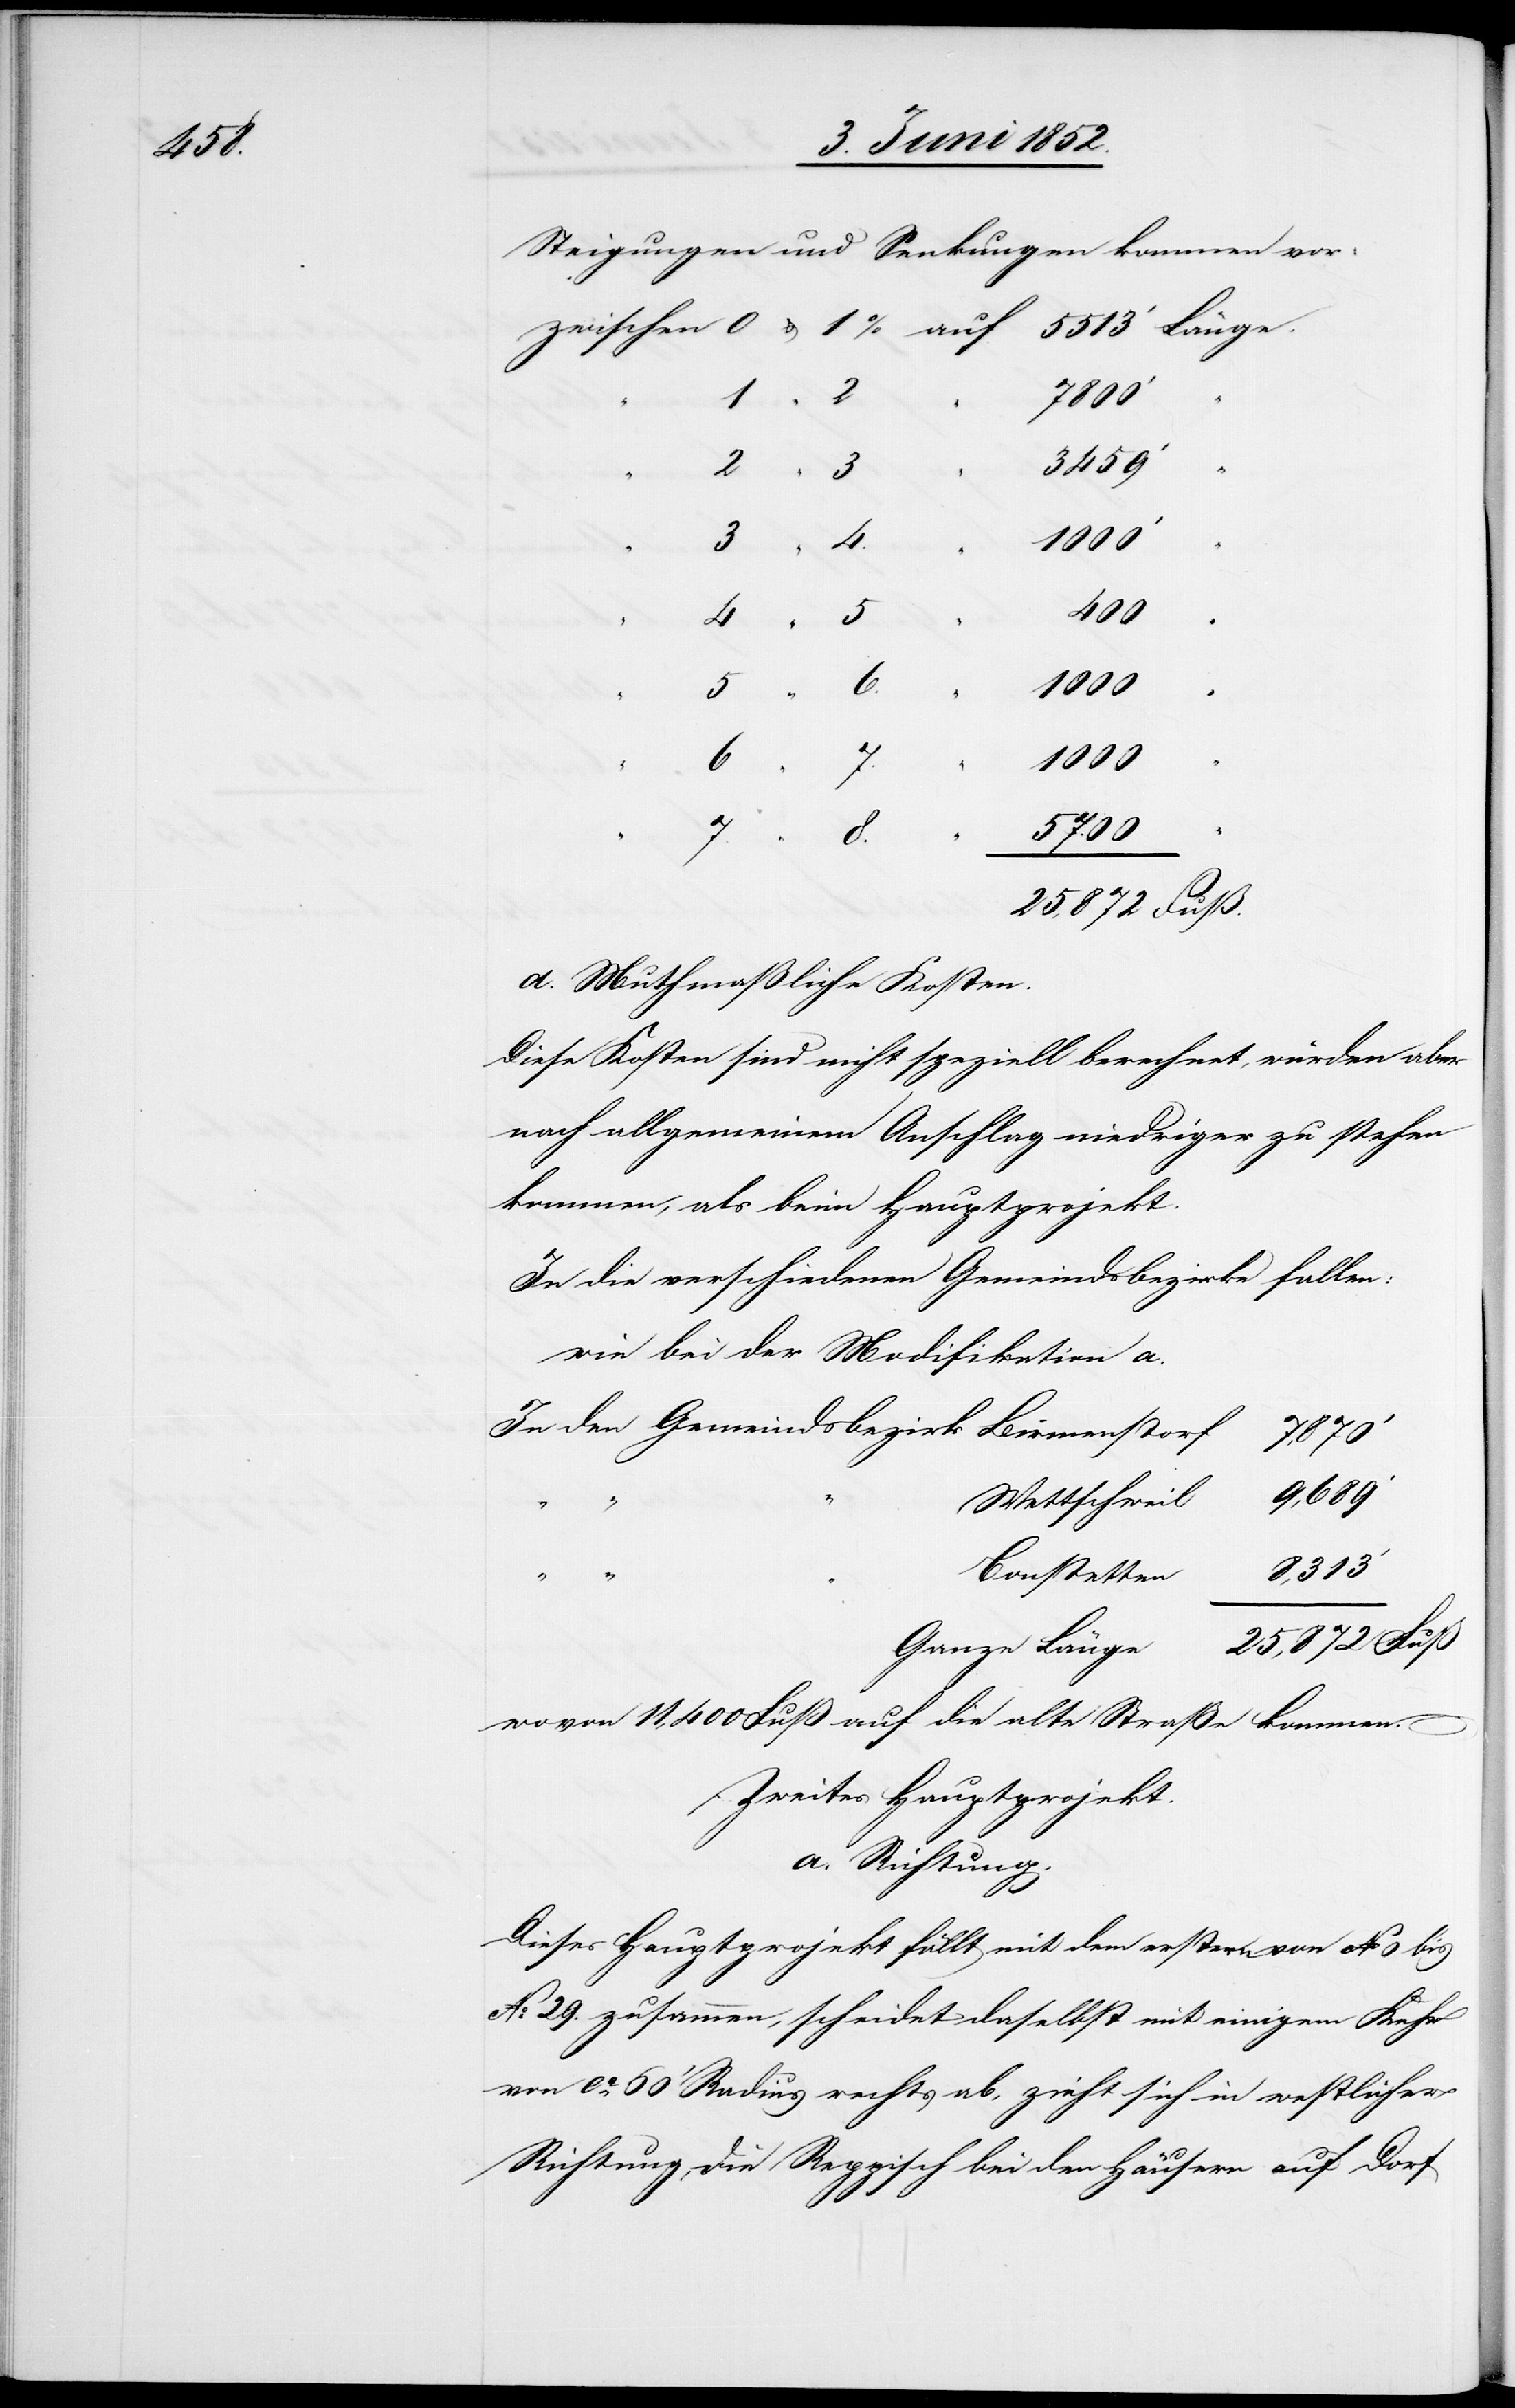
Steigungen und Senkungen kommen vor:
2
7,870‘
3459‘
1000‘
“ “ “
25,872 Fuß
d. Muthmaßliche Kosten.
Diese Kosten sind nicht speziell berechnet, würden aber
nach allgemeinem Anschlag niedriger zu stehen
kommen, als beim Hauptprojekt.
In die verschiedenen Gemeindsbezirke fallen:
wie bei der Modifikation a.
25,872
Wettschweil
8,313‘
Bonstetten
wovon 11,400 Fuß auf die alte Straße kommen.
Zweites Hauptprojekt.
a. Richtung.
Dieses Hauptprojekt fällt mit dem erstern von No 0 bis
No. 29. zusammen, scheidet daselbst mit einigem Kehr
von ca. 60‘ Radius rechts ab, zieht sich in westlicher
Richtung, die Reppisch bei den Häusern auf Dorf